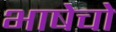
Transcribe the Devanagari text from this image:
भाषेचो